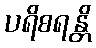
ပရိစရန္တိ